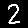
Digit: 2